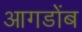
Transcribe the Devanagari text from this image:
आगडोंब